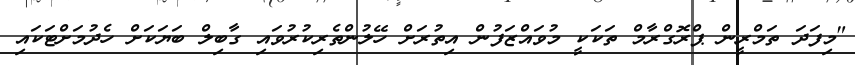
"މިފަދަ ތަމްރީން ޕްރޮގްރާމް ތަކަކީ މުވައްޒަފުން އިތުރަށް ހޭލުންތެރިކުރުވައި ގާބިލް ބަޔަކަށް ހެދުމަށްޓަކައި